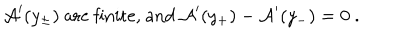
{ \cal A } ^ { \prime } ( y _ { \pm } ) ~ { \mathrm { a r e ~ f i n i t e , ~ a n d } } ~ { \cal A } ^ { \prime } ( y _ { + } ) - { \cal A } ^ { \prime } ( y _ { - } ) = 0 ~ .